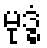
မုဒ္ဓံ